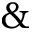
\&